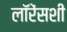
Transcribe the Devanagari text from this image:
लॉरेंसशी